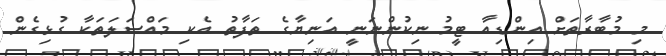
މި މުބާރާތަށް އިންޑިއާ ޓީމު ނިކުންނަނީ އަނިޔާގެ ތަފާތު އެކި މައްސަލަތަކާ ގުޅިގެން